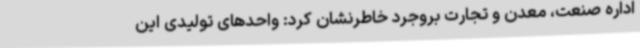
اداره صنعت، معدن و تجارت بروجرد خاطرنشان کرد: واحدهای تولیدی این